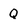
Character: Q